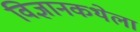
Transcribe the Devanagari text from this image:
विज्ञानकथेला